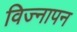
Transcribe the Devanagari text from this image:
विज्नापन